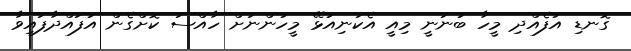
ގޮނޑި އުފެއްދި މީހާ ބުނަނީ މިއީ އެކަނިއުޅޭ މީހުންނަށް ހާއްސަ ކޮށްގެން އުފައްދާފައިވާ